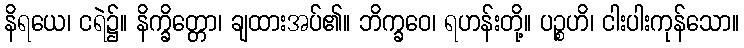
နိရယေ၊ ငရဲ၌။ နိက္ခိတ္တော၊ ချထားအပ်၏။ ဘိက္ခဝေ၊ ရဟန်းတို့။ ပဉ္စဟိ၊ ငါးပါးကုန်သော။